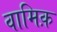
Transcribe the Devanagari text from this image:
वामिक़